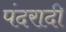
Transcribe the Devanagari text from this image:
पंदरादी